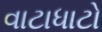
વાટાધાટો